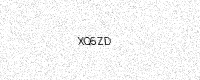
Text: XQ5ZD